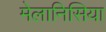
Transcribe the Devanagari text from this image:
मेलानिसिया